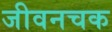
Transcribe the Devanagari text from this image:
जीवनचक